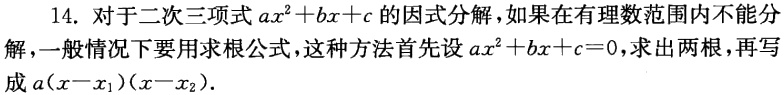
14. 对于二次三项式\(ax^{2}+bx + c\)的因式分解，如果在有理数范围内不能分解，一般情况下要用求根公式，这种方法首先设\(ax^{2}+bx + c = 0\)，求出两根，再写成\(a(x - x_{1})(x - x_{2})\).